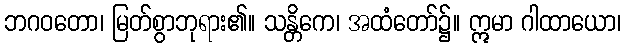
ဘဂဝတော၊ မြတ်စွာဘုရား၏။ သန္တိကေ၊ အထံတော်၌။ ဣမာ ဂါထာယော၊